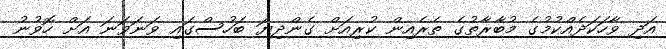
އަދި ވާހަކަދެއްކުމުގެ މުބާރާތުގެ ތެރެއިން ކުރިއަށް ގެންދިޔަ ބަހުސްގައި ވަނަވަނަ އަށް ހޮވުނު